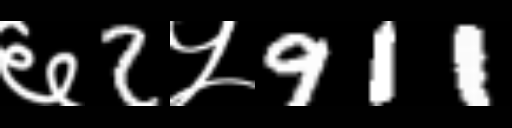
Text: ६2५911